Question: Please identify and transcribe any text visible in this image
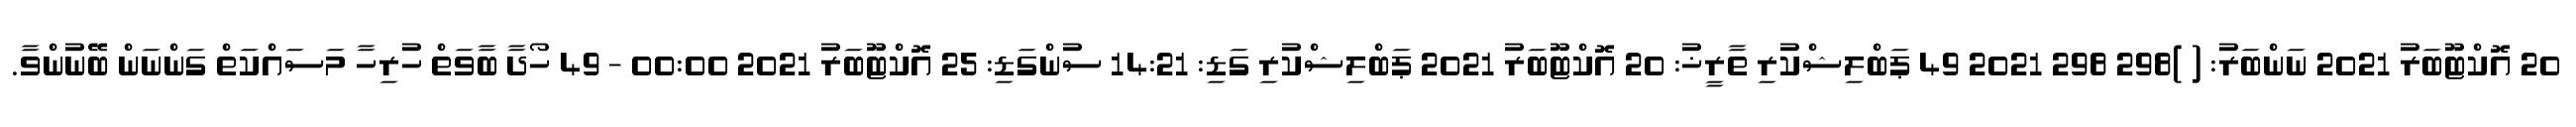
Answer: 20 އޮކްޓޫބަރު 2021 ނަންބަރު: ( )298 298 2021 49 ޕަބްލިޝްކުރި ތާރީޚު: 20 އޮކްޓޫބަރު 2021 ޕަބްލިޝްކުރި ގަޑި: 14:21 ސުންގަޑި: 25 އޮކްޓޫބަރު 2021 00:00 - 49 ހޯދާ ބާވަތް ހުރިހާ މަސައްކަތް ގަންނަން ބޭނުންވާ.